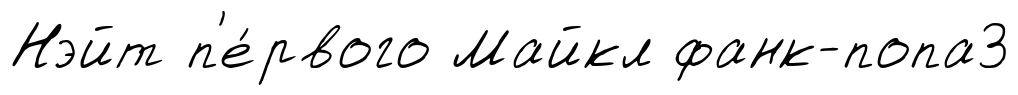
Нэйт п'е́рвого Майкл фанк-попа3